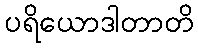
ပရိယောဒါတာတိ